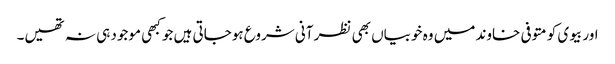
اور بیوی کو متوفی خاوند میں وہ خوبیاں بھی نظر آنی شروع ہوجاتی ہیں جو کبھی موجود ہی نہ تھیں۔